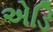
એડિ